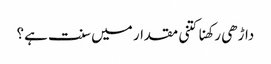
داڑھی رکھنا کتنی مقدار میں سنت ہے؟